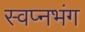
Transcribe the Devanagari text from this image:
स्वप्नभंग